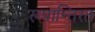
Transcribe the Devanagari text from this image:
रूपान्तिरत